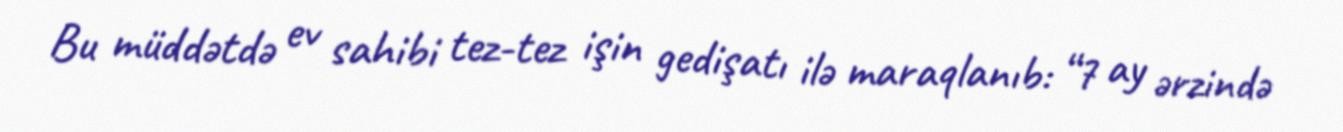
Bu müddətdə ev sahibi tez-tez işin gedişatı ilə maraqlanıb: “7 ay ərzində